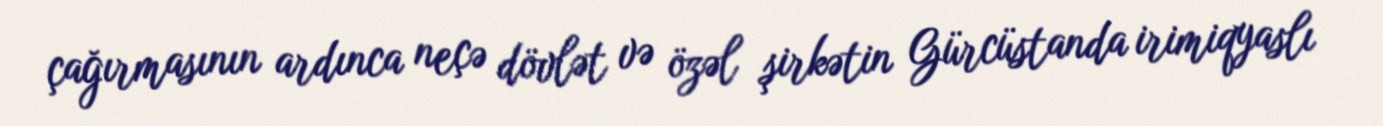
çağırmasının ardınca neçə dövlət və özəl şirkətin Gürcüstanda irimiqyaslı